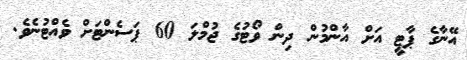
އޭނާގެ ޕާޓީ އަށް އާންމުން ދިން ވޯޓުގެ ޖުމްލަ 60 ޕަސެންޓަށް ވެއްޓުނެވެ.